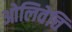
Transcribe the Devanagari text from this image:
ओलिवेत्ति